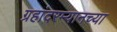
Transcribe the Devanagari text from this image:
ग्रहांदरम्यानच्या